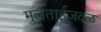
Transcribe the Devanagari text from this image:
मुलताईजवळ